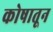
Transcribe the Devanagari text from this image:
कोषातून